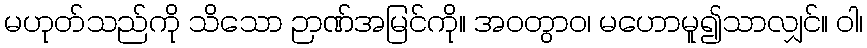
မဟုတ်သည်ကို သိသော ဉာဏ်အမြင်ကို။ အဝတွာဝ၊ မဟောမူ၍သာလျှင်။ ဝါ၊